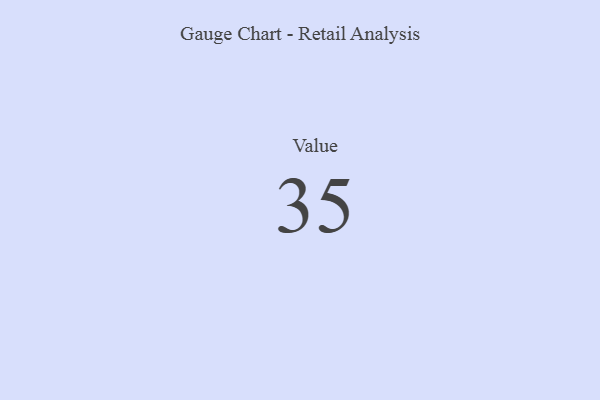
{"axis": {"x": "Metric", "y": "Value"}, "legend": [""], "data": [{"x": "Value", "y": 35, "type": ""}]}